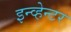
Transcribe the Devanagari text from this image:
इन्व्हेन्टर